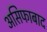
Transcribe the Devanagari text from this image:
असिफाबाद